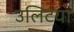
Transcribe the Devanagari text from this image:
उलिटया